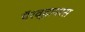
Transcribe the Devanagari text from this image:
पॅरव्हायरस